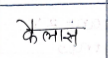
मजकूर: कैलास